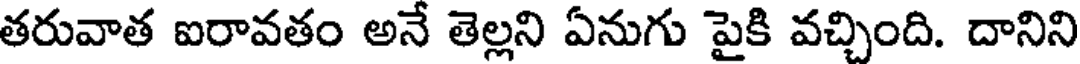
తరువాత ఐరావతం అనే తెల్లని ఏనుగు పైకి వచ్చింది. దానిని